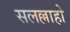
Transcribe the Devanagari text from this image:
सलल्लाहो